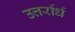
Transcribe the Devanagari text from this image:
उत्तर्रार्ध